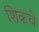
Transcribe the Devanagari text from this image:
शिकवे